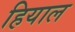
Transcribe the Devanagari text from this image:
हियाल